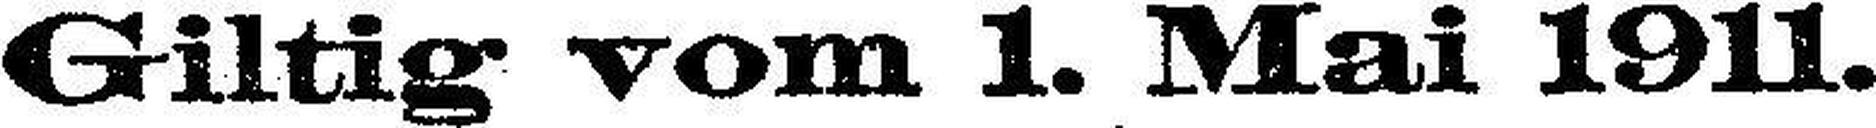
Giltig vom. 1. Mai 1911.